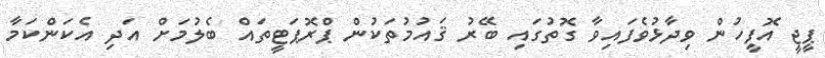
ޕީޖީ އޮފީހުން ވިދާޅުވެފައިވާ ގޮތުގައި ބޭރު ޤައުމުތަކުން ޕްރޮޕަޓީތައް ބެލުމަށް އަދި އެކަންކަމާ